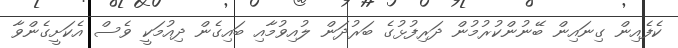
ކެފެއިން ގިނައިން ބޭނުންކުރުމުން ދަރިފުޅުގެ ބަރުދަން ލުއިވުމާއި ބައިގެން ދިއުމަކީ ވެސް އެކަށީގެންވާ